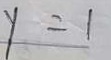
y = 1